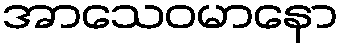
အာသေဝမာနော